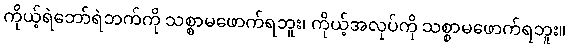
ကိုယ့်ရဲဘော်ရဲဘက်ကို သစ္စာမဖောက်ရဘူး၊ ကိုယ့်အလုပ်ကို သစ္စာမဖောက်ရဘူး။